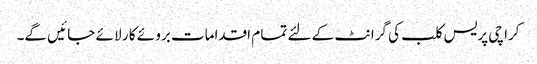
کرا چی پریس کلب کی گرا نٹ کے لئے تما م اقدامات برو ئے کا ر لا ئے جا ئیں گے۔